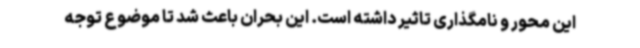
این محور و نامگذاری تاثیر داشته است. این بحران باعث شد تا موضوع توجه